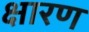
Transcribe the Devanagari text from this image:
क्षारण